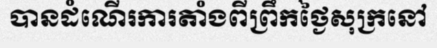
បានដំណើរការតាំងពីព្រឹកថ្ងៃសុក្រនៅ